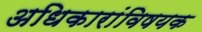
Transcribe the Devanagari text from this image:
अधिकारांविषयक